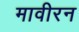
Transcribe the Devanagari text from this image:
मावीरन